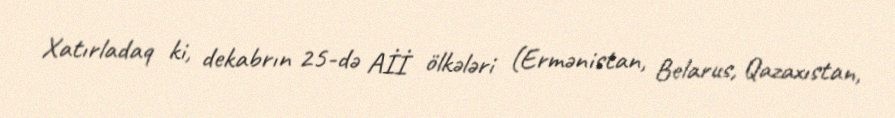
Xatırladaq ki, dekabrın 25-də Aİİ ölkələri (Ermənistan, Belarus, Qazaxıstan,